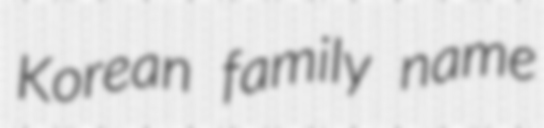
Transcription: Korean family name